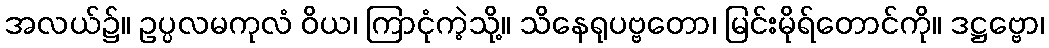
အလယ်၌။ ဥပ္ပလမကုလံ ဝိယ၊ ကြာငုံကဲ့သို့။ သိနေရုပဗ္ဗတော၊ မြင်းမိုရ်တောင်ကို။ ဒဋ္ဌဗ္ဗော၊